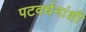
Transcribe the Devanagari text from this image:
पटवर्धनांशी